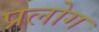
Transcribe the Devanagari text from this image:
प्रलोग